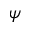
\psi